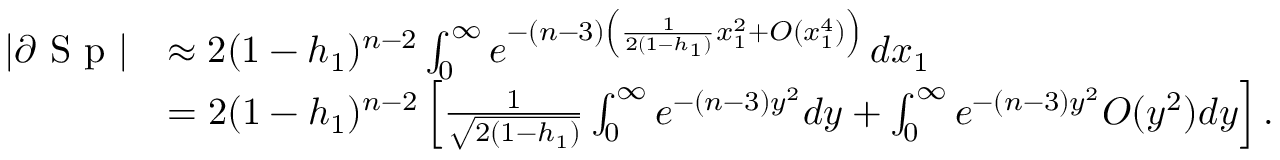
\begin{array} { r l } { | \partial \textup { S p } | } & { \approx 2 ( 1 - h _ { 1 } ) ^ { n - 2 } \int _ { 0 } ^ { \infty } e ^ { - ( n - 3 ) \left( \frac 1 { 2 ( 1 - h _ { 1 } ) } x _ { 1 } ^ { 2 } + O ( x _ { 1 } ^ { 4 } ) \right) } \, d x _ { 1 } } \\ & { = 2 ( 1 - h _ { 1 } ) ^ { n - 2 } \left[ \frac 1 { \sqrt { 2 ( 1 - h _ { 1 } ) } } \int _ { 0 } ^ { \infty } e ^ { - ( n - 3 ) y ^ { 2 } } d y + \int _ { 0 } ^ { \infty } e ^ { - ( n - 3 ) y ^ { 2 } } O ( y ^ { 2 } ) d y \right] . } \end{array}